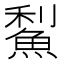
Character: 䱘